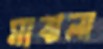
মাঝলা